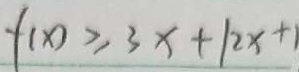
f ( x ) \geq 3 x + 1 2 x + 1